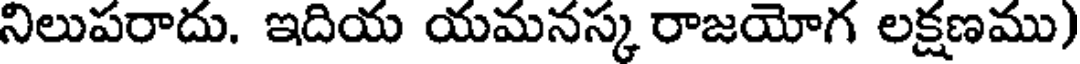
నిలుపరాదు. ఇదియ యమనస్క రాజయోగ లక్షణము)